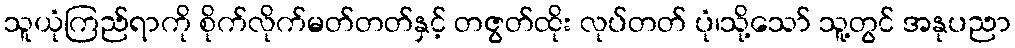
သူယုံကြည်ရာကို စိုက်လိုက်မတ်တတ်နှင့် တဇွတ်ထိုး လုပ်တတ် ပုံ၊သို့သော် သူ့တွင် အနုပညာ